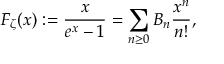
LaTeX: F _ { \zeta } ( x ) : = { \frac { x } { e ^ { x } - 1 } } = \sum _ { n \geq 0 } B _ { n } { \frac { x ^ { n } } { n ! } } ,